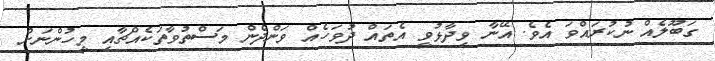
ގަބޫލެއް ނުކުރައްވަ އެވެ. އޭނާ ވިދާޅުވީ އެތައް ދުވަހެއް ވަންދެން މަސްތުވާތަކެއްޗާއި މީހުންނަށް